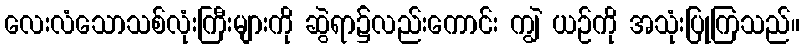
လေးလံသောသစ်လုံးကြီးများကို ဆွဲရာ၌လည်းကောင်း ကျွဲ ယဉ်ကို အသုံးပြုကြသည်။